Sanitation, dispensaries and jails vaccination Rajputana 1922-1927 - 1922-1927
Year: 1922
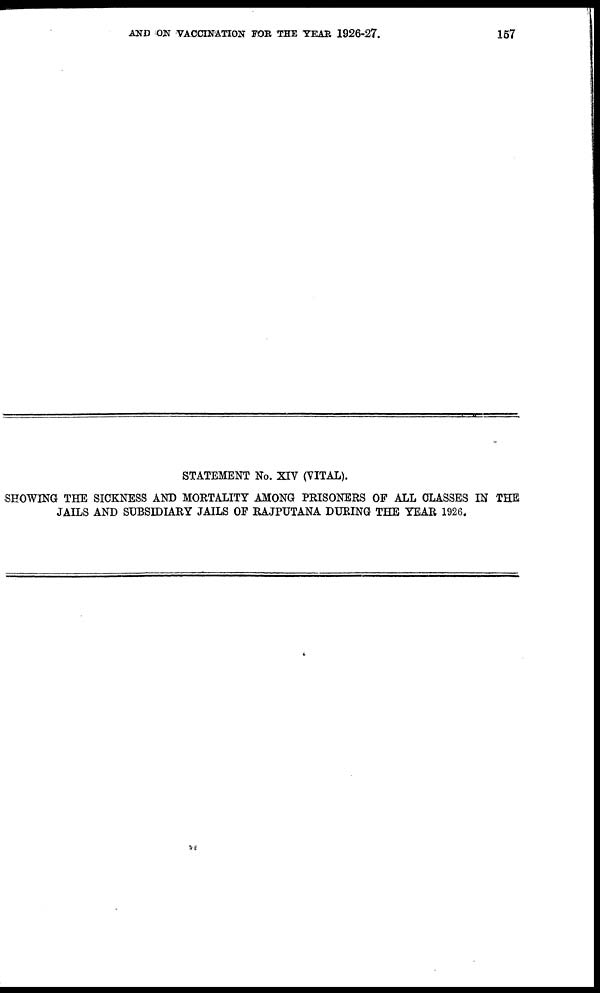
AND ON VACCINATION FOR THE YEAR 1926-27.
157
STATEMENT No. XIV (VITAL).
SHOWING THE SICKNESS AND MORTALITY AMONG PRISONERS OF ALL CLASSES IN THE
JAILS AND SUBSIDIARY JAILS OF RAJPUTANA DURING THE YEAR 1926.